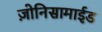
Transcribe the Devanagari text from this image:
ज़ोनिसामाईड